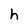
Character: h